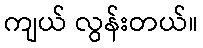
ကျယ် လွန်းတယ်။